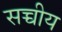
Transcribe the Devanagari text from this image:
सच्चीय